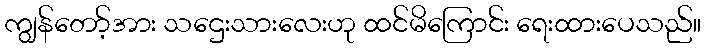
ကျွန်တော့်အား သဌေးသားလေးဟု ထင်မိကြောင်း ရေးထားပေသည်။